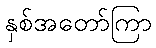
နှစ်အတော်ကြာ